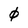
Character: 0